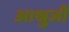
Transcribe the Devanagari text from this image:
आश्रुजी